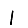
Digit: 1